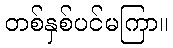
တစ်နှစ်ပင်မကြာ။